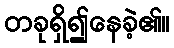
တခုရှိ၍နေခဲ့၏။